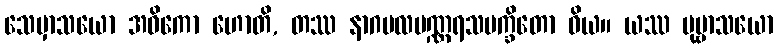
သေမှာသယော အဓိကော ဟောတိ, တဿ နာဂဗလပဏ္ဏရသမက္ခိတော ဝိယ။ ယဿ ပုဗ္ဗာသယော